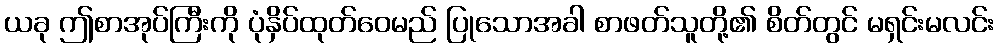
ယခု ဤစာအုပ်ကြီးကို ပုံနှိပ်ထုတ်ဝေမည် ပြုသောအခါ စာဖတ်သူတို့၏ စိတ်တွင် မရှင်းမလင်း